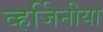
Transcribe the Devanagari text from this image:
व्हर्जिनीया